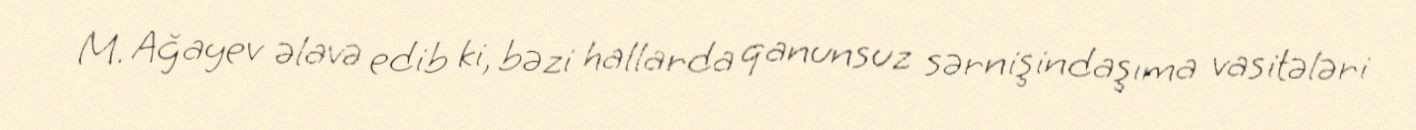
M. Ağayev əlavə edib ki, bəzi hallarda qanunsuz sərnişindaşıma vasitələri